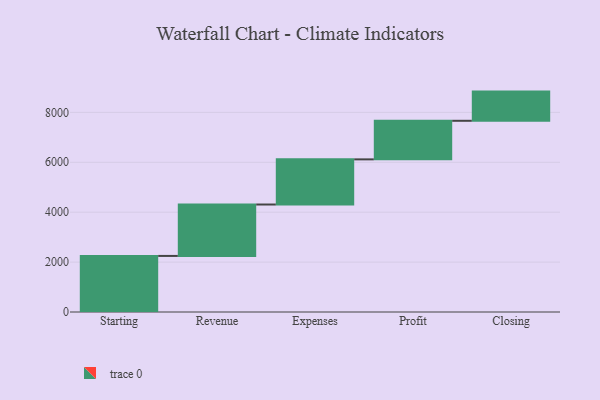
{"axis": {"x": "Step", "y": "Value"}, "legend": [""], "data": [{"x": "Starting", "y": 2247.0, "type": ""}, {"x": "Revenue", "y": 2061.0, "type": ""}, {"x": "Expenses", "y": 1809.0, "type": ""}, {"x": "Profit", "y": 1546.0, "type": ""}, {"x": "Closing", "y": 1170.0, "type": ""}]}